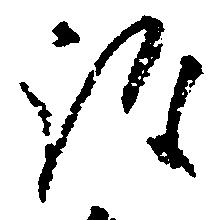
詮